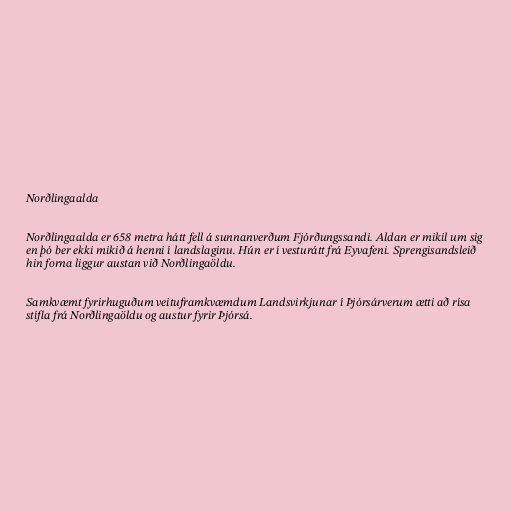
Norðlingaalda

Norðlingaalda er 658 metra hátt fell á sunnanverðum Fjórðungssandi. Aldan er mikil um sig
en þó ber ekki mikið á henni í landslaginu. Hún er í vesturátt frá Eyvafeni. Sprengisandsleið
hin forna liggur austan við Norðlingaöldu.

Samkvæmt fyrirhuguðum veituframkvæmdum Landsvirkjunar í Þjórsárverum ætti að rísa
stífla frá Norðlingaöldu og austur fyrir Þjórsá.